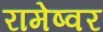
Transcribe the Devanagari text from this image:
रामेष्वर